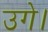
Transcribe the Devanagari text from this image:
उगे।